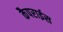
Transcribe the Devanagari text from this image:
कैपराईस